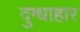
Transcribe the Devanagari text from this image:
दुग्धाहार